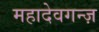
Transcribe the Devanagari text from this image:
महादेवगन्ज़